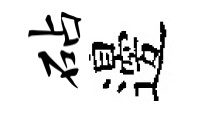
砧邊